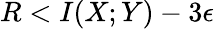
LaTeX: R<I(X;Y)-3\epsilon